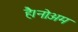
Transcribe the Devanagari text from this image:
है।नोअम